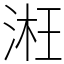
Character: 㳹